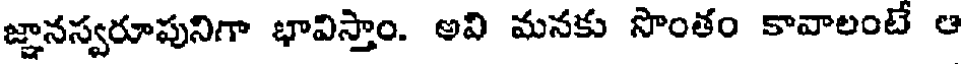
జ్ఞానస్వరూపునిగా భావిస్తాం. అవి మనకు సొంతం కావాలంటే ఆ